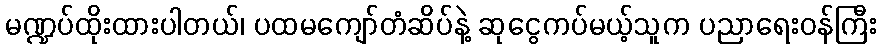
မဏ္ဍပ်ထိုးထားပါတယ်၊ ပထမကျော်တံဆိပ်နဲ့ ဆုငွေကပ်မယ့်သူက ပညာရေးဝန်ကြီး